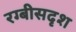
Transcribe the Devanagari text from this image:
रग्बीसदृश